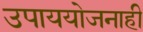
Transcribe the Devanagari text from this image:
उपाययोजनाही